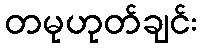
တမုဟုတ်ချင်း